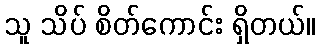
သူ သိပ် စိတ်ကောင်း ရှိတယ်။